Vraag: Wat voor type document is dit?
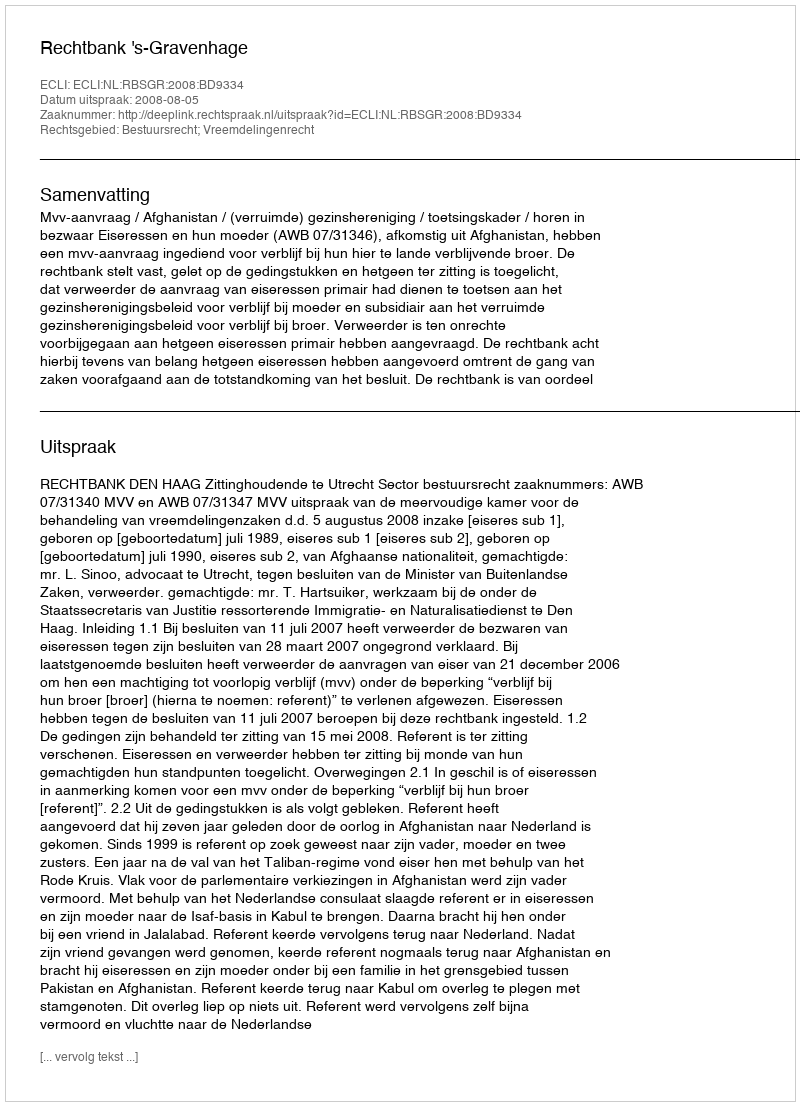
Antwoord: Uitspraak